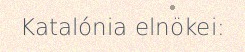
Katalónia elnökei: